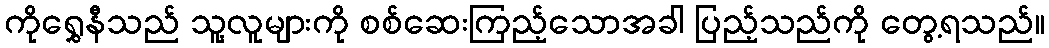
ကိုရွှေနီသည် သူ့လူများကို စစ်ဆေးကြည့်သောအခါ ပြည့်သည်ကို တွေ့ရသည်။